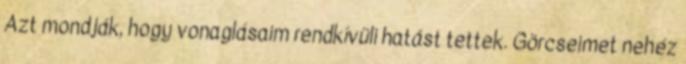
Azt mondják, hogy vonaglásaim rendkívüli hatást tettek. Görcseimet nehéz